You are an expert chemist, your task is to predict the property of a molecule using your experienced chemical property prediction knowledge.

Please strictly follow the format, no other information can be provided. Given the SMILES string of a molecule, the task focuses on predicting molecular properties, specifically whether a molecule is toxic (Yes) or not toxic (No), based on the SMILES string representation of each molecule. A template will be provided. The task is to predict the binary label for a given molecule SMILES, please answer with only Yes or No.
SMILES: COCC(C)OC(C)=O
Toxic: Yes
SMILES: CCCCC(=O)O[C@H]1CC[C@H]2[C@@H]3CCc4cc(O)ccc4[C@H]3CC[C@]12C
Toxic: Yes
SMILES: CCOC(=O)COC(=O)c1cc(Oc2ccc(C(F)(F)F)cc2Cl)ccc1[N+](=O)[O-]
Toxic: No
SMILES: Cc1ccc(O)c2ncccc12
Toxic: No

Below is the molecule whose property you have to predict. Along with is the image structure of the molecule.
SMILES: CCOC(=O)c1ccccc1N
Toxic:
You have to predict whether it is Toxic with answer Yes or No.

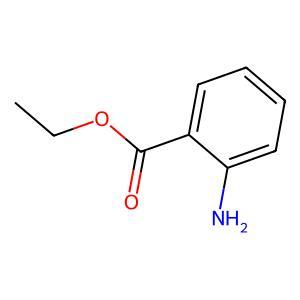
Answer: No